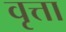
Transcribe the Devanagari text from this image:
वृत्ता